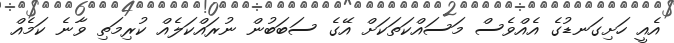
އެއީ ހަށިގަނޑުގެ އެއްވެސް މަސައްކަތަކަށް އޭގެ ސަބަބުން ނުރައްކަލެއް ކުރިމަތި ވާނެ ކަމެއް